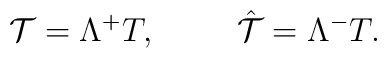
{\cal T} = \Lambda ^{+}T, \hskip 1cm \hat {\cal T}=\Lambda ^{-}T.